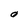
Character: O